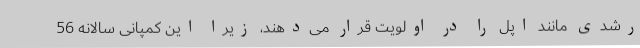
رشدی مانند اپل را در اولویت قرار می‌دهند، زیرا این کمپانی سالانه 56